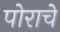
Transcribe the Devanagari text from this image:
पोराचे